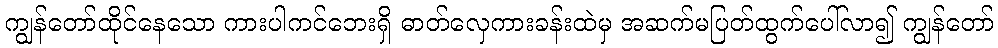
ကျွန်တော်ထိုင်နေသော ကားပါကင်ဘေးရှိ ဓာတ်လှေကားခန်းထဲမှ အဆက်မပြတ်ထွက်ပေါ်လာ၍ ကျွန်တော်